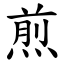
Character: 煎